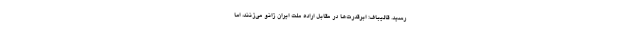
رسید. قالیباف: ابرقدرت‌ها در مقابل اراده ملت ایران زانو می‌زنند، اما